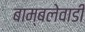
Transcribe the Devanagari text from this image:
बाम्बलेवाडी